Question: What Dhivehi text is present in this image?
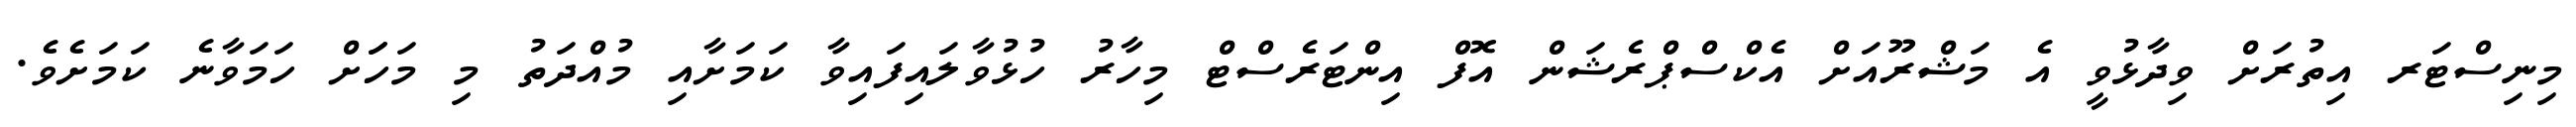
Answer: މިނިސްޓަރ އިތުރަށް ވިދާޅުވީ އެ މަޝްރޫއަށް އެކްސްޕްރެޝަން އޮފް އިންޓަރެސްޓް މިހާރު ހުޅުވާލައިފައިވާ ކަމަށާއި މުއްދަތު މި މަހަަށް ހަމަވާނެ ކަމަށެވެ.